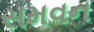
સમવન